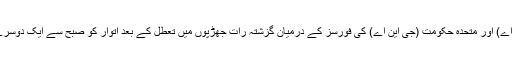
رپورٹس کے مطابق لیبین نیشنل آرمی (ایل این اے) اور متحدہ حکومت (جی این اے) کی فورسز کے درمیان گزشتہ رات جھڑپوں میں تعطل کے بعد اتوار کو صبح سے ایک دوسرے کے ٹھکانوں پر بمباری کا سلسلہ جاری ہے۔